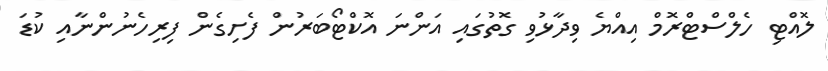
ލޮއްޓި ހެލްސްޓްރޮމް އިއްޔެ ވިދާޅުވި ގޮތުގައި އަންނަ އޮކްޓޯބަރުން ފެށިގެން ފިރިހެނުންނާއި ކުޑަ